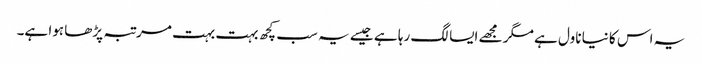
یہ اس کا نیا ناول ہے مگر مجھے ایسا لگ رہا ہے جیسے یہ سب کچھ بہت بہت مرتبہ پڑھا ہوا ہے۔